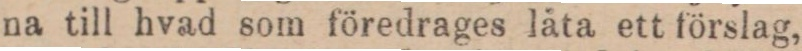
na till hvad som föredrages låta ett förslag,